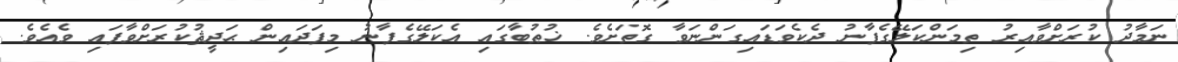
ނަމާދު ކުރަށްވާއިރު ތިމަންކަލޭގެފާނު ދެކެވަޑައިގަންނަވާ ގޮތަށެވެ. ޚުޠުބާގައި އެކަލޭގެފާނު މިފަދައިން ޙަދީޘުކުރަށްވާފައި ވެއެވެ.